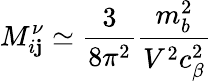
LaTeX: M_{i\mathbf{j}}^{\nu}\simeq\frac{{3}}{{8\pi^{2}}}\frac{{m_{b}^{2}}}{{V^{2}c_{\beta}^{2}}}